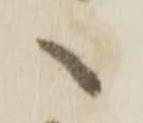
へ